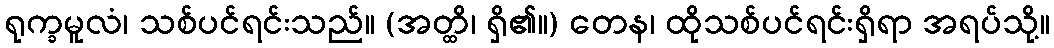
ရုက္ခမူလံ၊ သစ်ပင်ရင်းသည်။ (အတ္ထိ၊ ရှိ၏။) တေန၊ ထိုသစ်ပင်ရင်းရှိရာ အရပ်သို့။